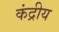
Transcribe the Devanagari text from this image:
कंद्रीय